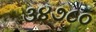
૩૪૭૮૦